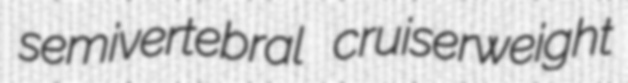
semivertebral cruiserweight